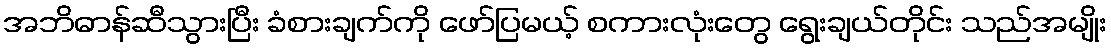
အဘိဓာန်ဆီသွားပြီး ခံစားချက်ကို ဖော်ပြမယ့် စကားလုံးတွေ ရွေးချယ်တိုင်း သည်အမျိုး